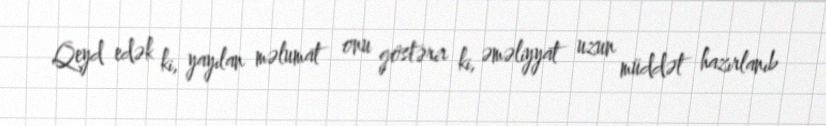
Qeyd edək ki, yayılan məlumat onu göstərir ki, əməliyyat uzun müddət hazırlanıb